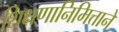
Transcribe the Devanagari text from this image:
शिक्षणानिमित्ताने